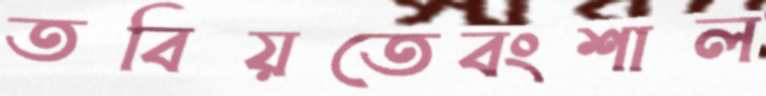
তবিয়তেবংশাল